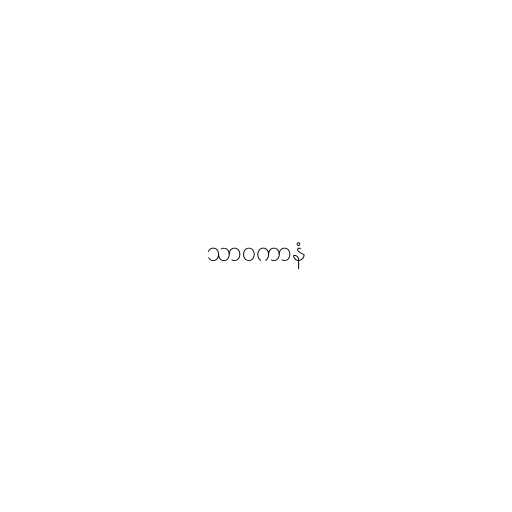
သာဝကာနံ